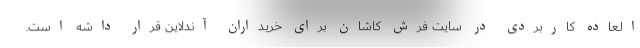
العاده کاربردی در سایت فرش کاشان برای خریداران آندلاین قرار داشه است.